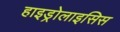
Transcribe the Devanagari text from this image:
हाइड्रोलाइसिस